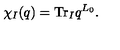
\chi _ { I } ( q ) = \mathrm { T r } _ { I } q ^ { L _ { 0 } } .